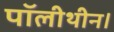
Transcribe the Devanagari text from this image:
पॉलीथीन।